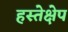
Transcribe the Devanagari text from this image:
हस्तेक्षेप